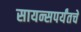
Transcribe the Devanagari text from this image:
सायन्सपर्यंतचे